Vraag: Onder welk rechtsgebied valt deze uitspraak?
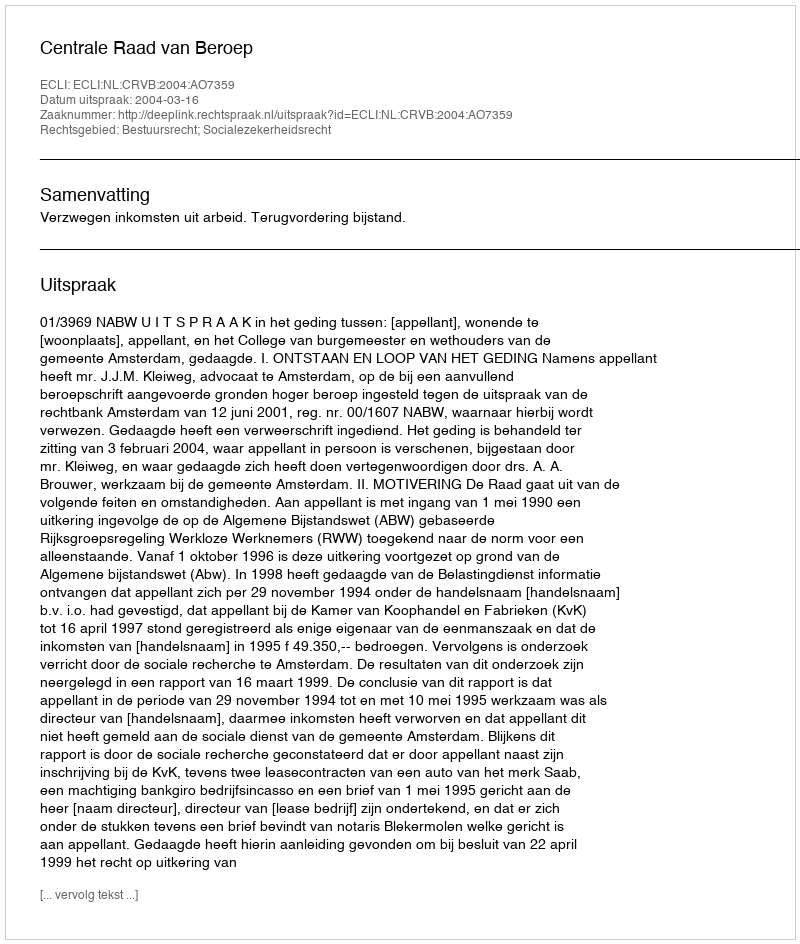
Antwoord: Bestuursrecht; Socialezekerheidsrecht